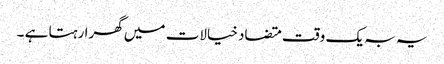
یہ بہ یک وقت متضاد خیالات میں گھرا رہتا ہے ۔